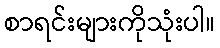
စာရင်းများကိုသုံးပါ။